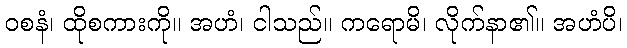
ဝစနံ၊ ထိုစကားကို။ အဟံ၊ ငါသည်။ ကရောမိ၊ လိုက်နာ၏။ အဟံပိ၊